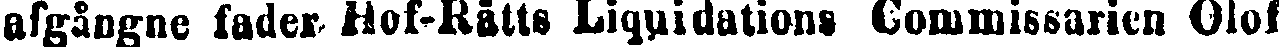
afgångne fader Hof-Rätts Liquidations Commissarien Olof